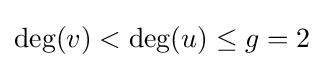
\deg(v)<\deg(u)\leq g=2